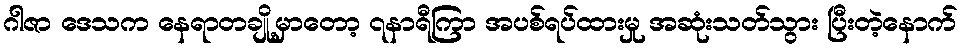
ဂါဇာ ဒေသက နေရာတချို့မှာတော့ ၇နာရီကြာ အပစ်ရပ်ထားမှု အဆုံးသတ်သွား ပြီးတဲ့နောက်